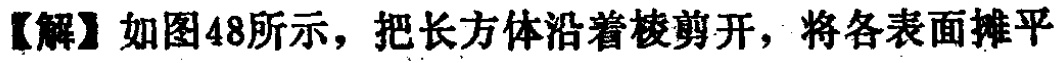
【解】如图48所示，把长方体沿着棱剪开，将各表面摊平